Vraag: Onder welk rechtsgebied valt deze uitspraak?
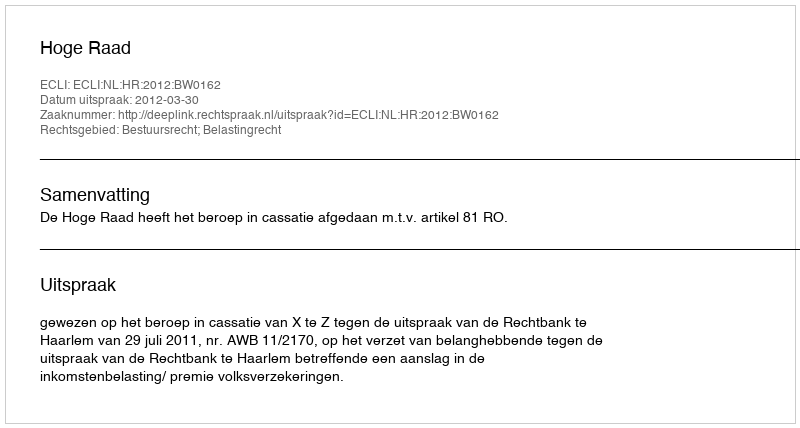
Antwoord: Bestuursrecht; Belastingrecht